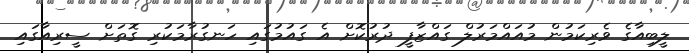
ލީބިއާގެ ވެރިކަމުން މުއައްމަރުލް ގައްޒާފީ ދުރުކޮށް އެ ގައުމުގައި ހަނގުރާމަކުރި ގޮތަށް ސީރިއާގައި